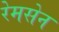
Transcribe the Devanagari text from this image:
रेमसेन